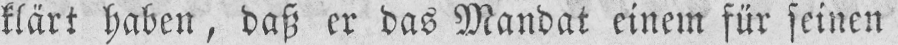
klärt haben, daß er das Mandat einem für seinen